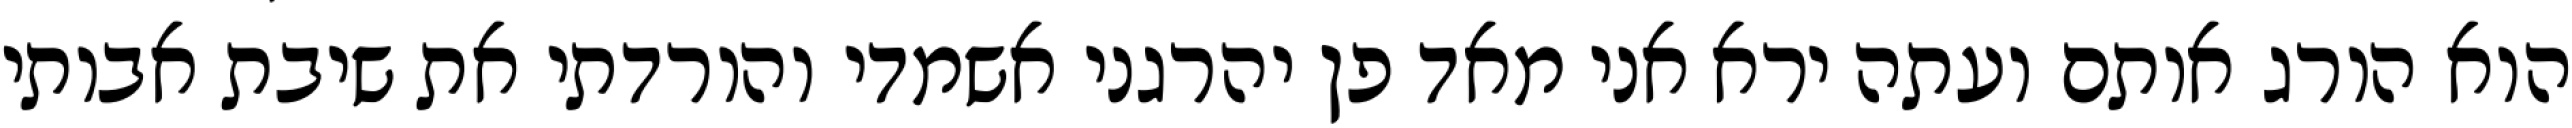
הוא הורג אותם ועתה ירא אני מאד פן יהרגני אשמדי והורדתי את שיבת אבותי